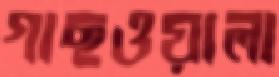
গাছওয়ালা